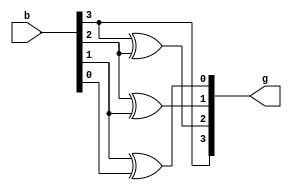
`timescale 1ns / 1ps


module binarytogray_d(
    input [3:0] b,
    output [3:0] g
    );
    
    assign g[3] = b[3];
    assign g[2] = b[3] ^ b[2];
    assign g[1] = b[2] ^ b[1];
    assign g[0] = b[1] ^ b[0];
    
endmodule